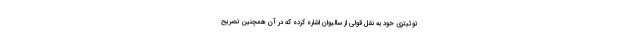
توئیتری خود به نقل قولی از سالیوان اشاره کرده که در آن همچنین تصریح